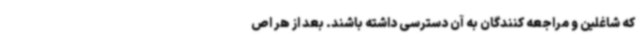
که شاغلین و مراجعه کنندگان به آن دسترسی داشته باشند. بعد از هر اص